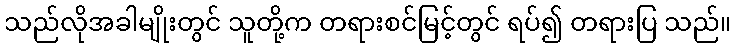
သည်လိုအခါမျိုးတွင် သူတို့က တရားစင်မြင့်တွင် ရပ်၍ တရားပြ သည်။